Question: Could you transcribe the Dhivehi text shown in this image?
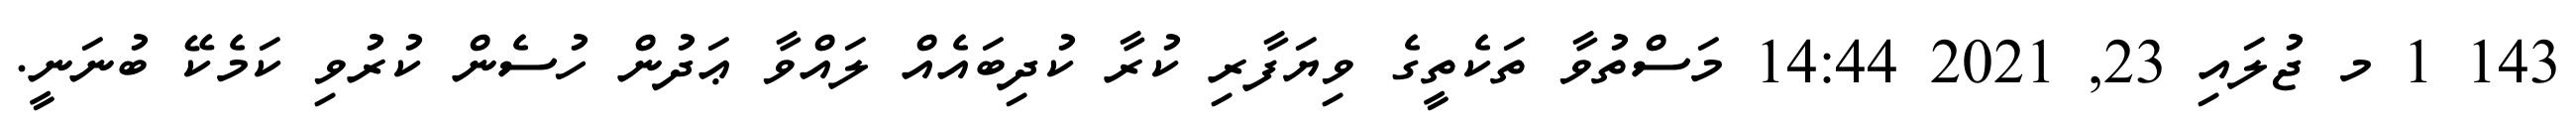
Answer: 143 1 މ ޖުލައި 23, 2021 14:44 މަސްތުވާ ތަކެތީގެ ވިޔަފާރި ކުރާ ކުދިބައެއް ލައްވާ ޢަދުން ހުސެން ކުރުވި ކަމެކޭ ބުނަނީ.